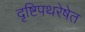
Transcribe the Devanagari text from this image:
दृष्टिपथरेषेत